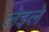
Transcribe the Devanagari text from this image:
लेइले